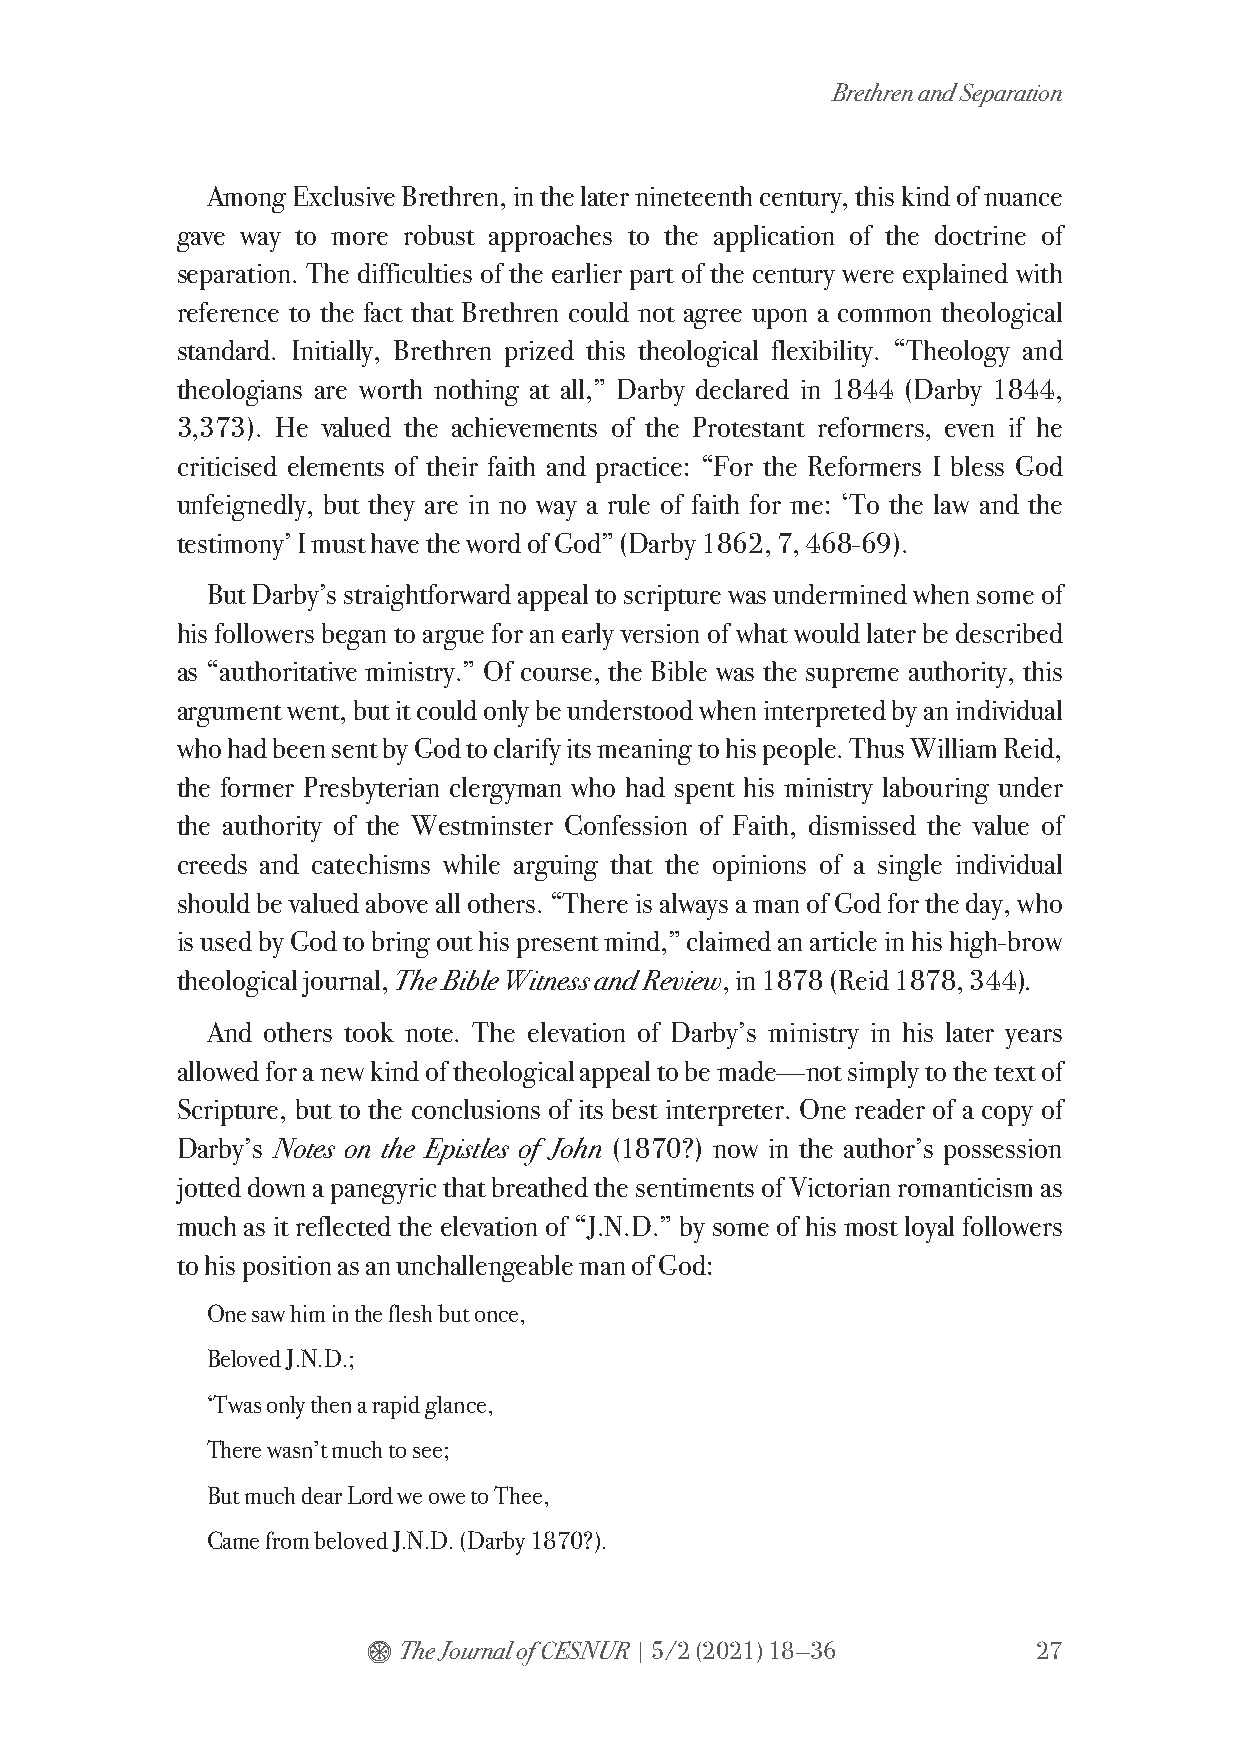
Brethren and Separation
 Among Exclusive Brethren, in the later nineteenth century, this kind of nuance
 gave way to more robust approaches to the application of the doctrine of
 separation. The difficulties of the earlier part of the century were explained with
 reference to the fact that Brethren could not agree upon a common theological
 standard. Initially, Brethren prized this theological flexibility. “Theology and
 theologians are worth nothing at all,” Darby declared in 1844 (Darby 1844,
 3,373). He valued the achievements of the Protestant reformers, even if he
 criticised elements of their faith and practice: “For the Reformers I bless God
 unfeignedly, but they are in no way a rule of faith for me: ‘To the law and the
 testimony’ I must have the word of God” (Darby 1862, 7, 468-69).
 But Darby’s straightforward appeal to scripture was undermined when some of
 his followers began to argue for an early version of what would later be described
 as “authoritative ministry.” Of course, the Bible was the supreme authority, this
 argument went, but it could only be understood when interpreted by an individual
 who had been sent by God to clarify its meaning to his people. Thus William Reid,
 the former Presbyterian clergyman who had spent his ministry labouring under
 the authority of the Westminster Confession of Faith, dismissed the value of
 creeds and catechisms while arguing that the opinions of a single individual
 should be valued above all others. “There is always a man of God for the day, who
 is used by God to bring out his present mind,” claimed an article in his high-brow
 theological journal, The Bible Witness and Review, in 1878 (Reid 1878, 344).
 And others took note. The elevation of Darby’s ministry in his later years
 allowed for a new kind of theological appeal to be made—not simply to the text of
 Scripture, but to the conclusions of its best interpreter. One reader of a copy of
 Darby’s Notes on the Epistles of John (1870?) now in the author’s possession
 jotted down a panegyric that breathed the sentiments of Victorian romanticism as
 much as it reflected the elevation of “J.N.D.” by some of his most loyal followers
 to his position as an unchallengeable man of God:
 One saw him in the flesh but once,
 Beloved J.N.D.;
 ‘Twas only then a rapid glance,
 There wasn’t much to see;
 But much dear Lord we owe to Thee,
 Came from beloved J.N.D. (Darby 1870?).
 $ The Journal of CESNUR | 5/2 (2021) 18—36   27